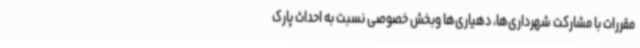
مقررات با مشارکت شهرداری‌ها، دهیاری‌ها وبخش خصوصی نسبت به احداث پارک